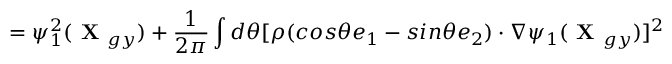
= \psi _ { 1 } ^ { 2 } ( \textbf { X } _ { g y } ) + \frac { 1 } { 2 \pi } \int d \theta [ \rho ( c o s \theta \boldsymbol { e } _ { 1 } - s i n \theta \boldsymbol { e } _ { 2 } ) \boldsymbol { \cdot } \nabla \psi _ { 1 } ( \textbf { X } _ { g y } ) ] ^ { 2 }